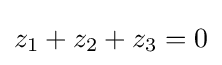
z_{1}+z_{2}+z_{3}=0